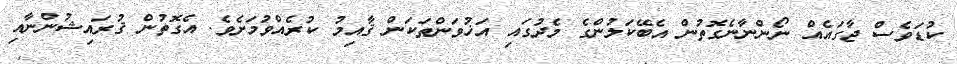
ކުޑަވެސް ޖާގައެއް ނޯންނާނެގޮތުން އެބޭކަލުންގެ މެދުގައި އަޚުވަންތަކަން ޤާއިމު ކުރެއްވުމަށެވެ. އެގޮތުން ޤުރައިޝުންނާއި